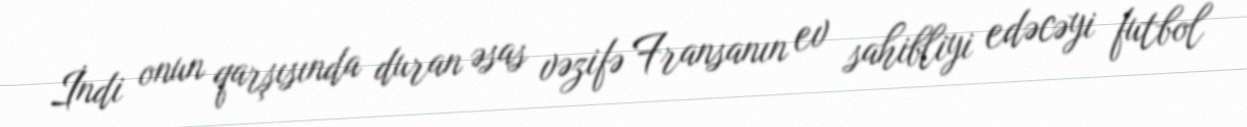
İndi onun qarşısında duran əsas vəzifə Fransanın ev sahibliyi edəcəyi futbol